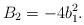
LaTeX: \begin{align*} B_2 = - 4b_1^2. \end{align*}